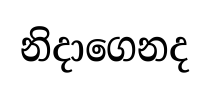
නිදාගෙනද